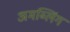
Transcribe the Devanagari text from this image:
अमब्लिंग